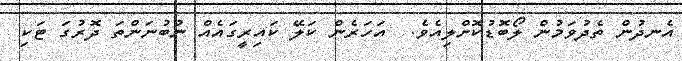
އެނދުން ތެދުވަމުން ލޯބޮޑުކޮށްލިއެވެ.  އަހަރެން ކަލޭ ކައިރީގައެއް ނުބުނަންތަ ދޮރުގަ ޓަކި